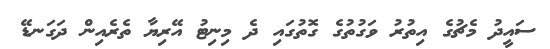
ސައީދު މެޗުގެ އިތުރު ވަގުތުގެ ގޮތުގައި ދެ މިނިޓު އޭރިޔާ ތެރެއިން ދަގަނޑޭ